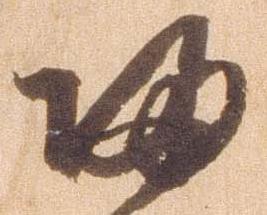
帰